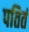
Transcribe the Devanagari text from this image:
पतितं